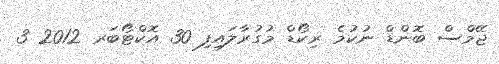
ޖޭމްސް ބޮންޑް ނުކުމެ ރިކޯޑް މުގުރާލައިފި 30 އޮކްޓޯބަރ 2012 3